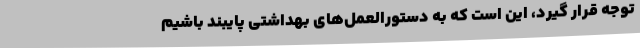
توجه قرار گیرد، این است که به دستورالعمل‌های بهداشتی پایبند باشیم